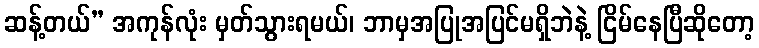
ဆန့်တယ်” အကုန်လုံး မှတ်သွားရမယ်၊ ဘာမှအပြုအပြင်မရှိဘဲနဲ့ ငြိမ်နေပြီဆိုတော့